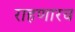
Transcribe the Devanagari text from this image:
राहणारच